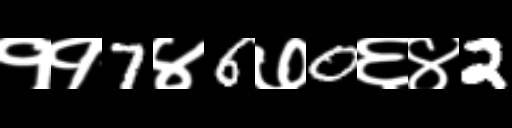
Text: ११7४6७0६४2